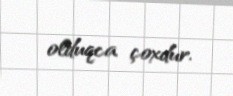
olduqca çoxdur.